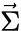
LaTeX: \vec{\Sigma}